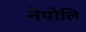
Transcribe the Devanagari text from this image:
नेपोलि